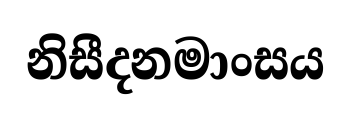
නිසීදනමාංසය